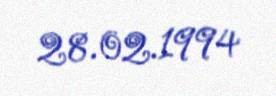
28.02.1994